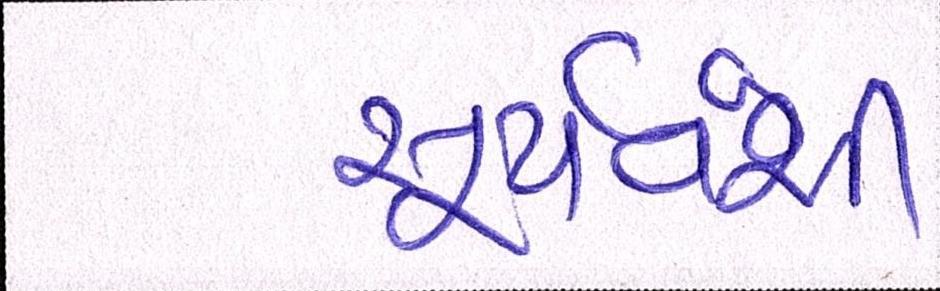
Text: સુર્યવંશી